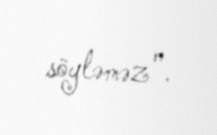
söyləməz".